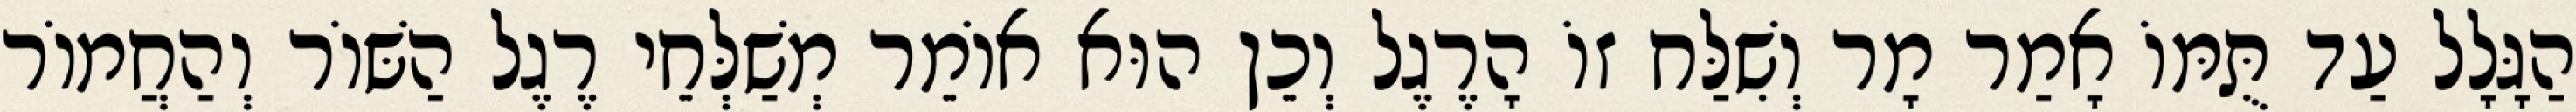
הַגָּלָל עַד תֻּמּוֹ אָמַר מָר וְשִׁלַּח זוֹ הָרֶגֶל וְכֵן הוּא אוֹמֵר מְשַׁלְּחֵי רֶגֶל הַשּׁוֹר וְהַחֲמוֹר